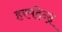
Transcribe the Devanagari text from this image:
हरमहेन्द्र